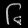
Digit: ၆